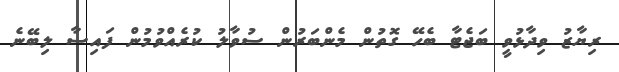
ރިޔާޒު ވިދާޅުވީ ބަޖެޓާ ބެހޭ ގޮތުން މެންބަރުން ސުވާލު ކުރެއްވުމުން ފައިސާ ލިބޭނެ